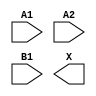
module sky130_fd_sc_hdll__a21o (
    //# {{data|Data Signals}}
    input  A1,
    input  A2,
    input  B1,
    output X
);

    // Voltage supply signals
    supply1 VPWR;
    supply0 VGND;
    supply1 VPB ;
    supply0 VNB ;

endmodule